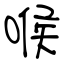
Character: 喉